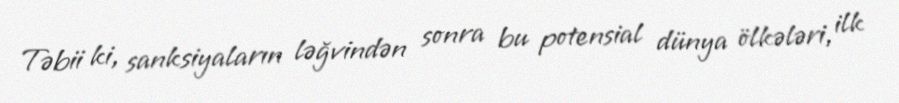
Təbii ki, sanksiyaların ləğvindən sonra bu potensial dünya ölkələri, ilk